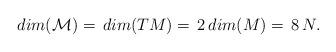
LaTeX: \begin{align*}dim(\mathcal{M})=\,dim({TM})=\, 2 \,dim (M)=\,8\,N. \end{align*}